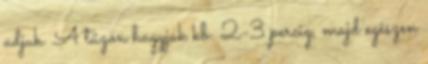
adjuk. A tűzön hagyjuk kb. 2-3 percig, majd egészen